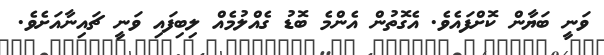
ވަނީ ބަޔާން ކޮށްފައެވެ. އެގޮތުން އެންމެ ބޮޑު ގެއްލުމެއް ލިބިފައި ވަނީ ޗައިނާއަށެވެ.